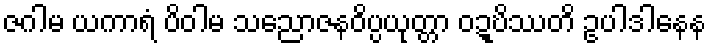
ဇဂါမ ယကာရံ ပိဝါမ သညောဇနဝိပ္ပယုတ္တာ ဝဍ္ဎိဿတိ ဥပါဒါနေန